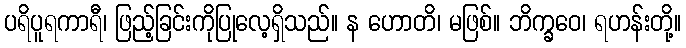
ပရိပူရကာရီ၊ ဖြည့်ခြင်းကိုပြုလေ့ရှိသည်။ န ဟောတိ၊ မဖြစ်။ ဘိက္ခဝေ၊ ရဟန်းတို့။